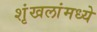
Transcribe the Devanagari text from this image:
शृंखलांमध्ये